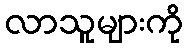
လာသူများကို